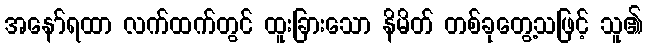
အနော်ရထာ လက်ထက်တွင် ထူးခြားသော နိမိတ် တစ်ခုတွေ့သဖြင့် သူ၏